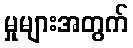
မှုများအတွက်